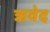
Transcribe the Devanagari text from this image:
ऋवेद